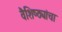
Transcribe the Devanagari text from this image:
वैशिष्ठ्यांचा